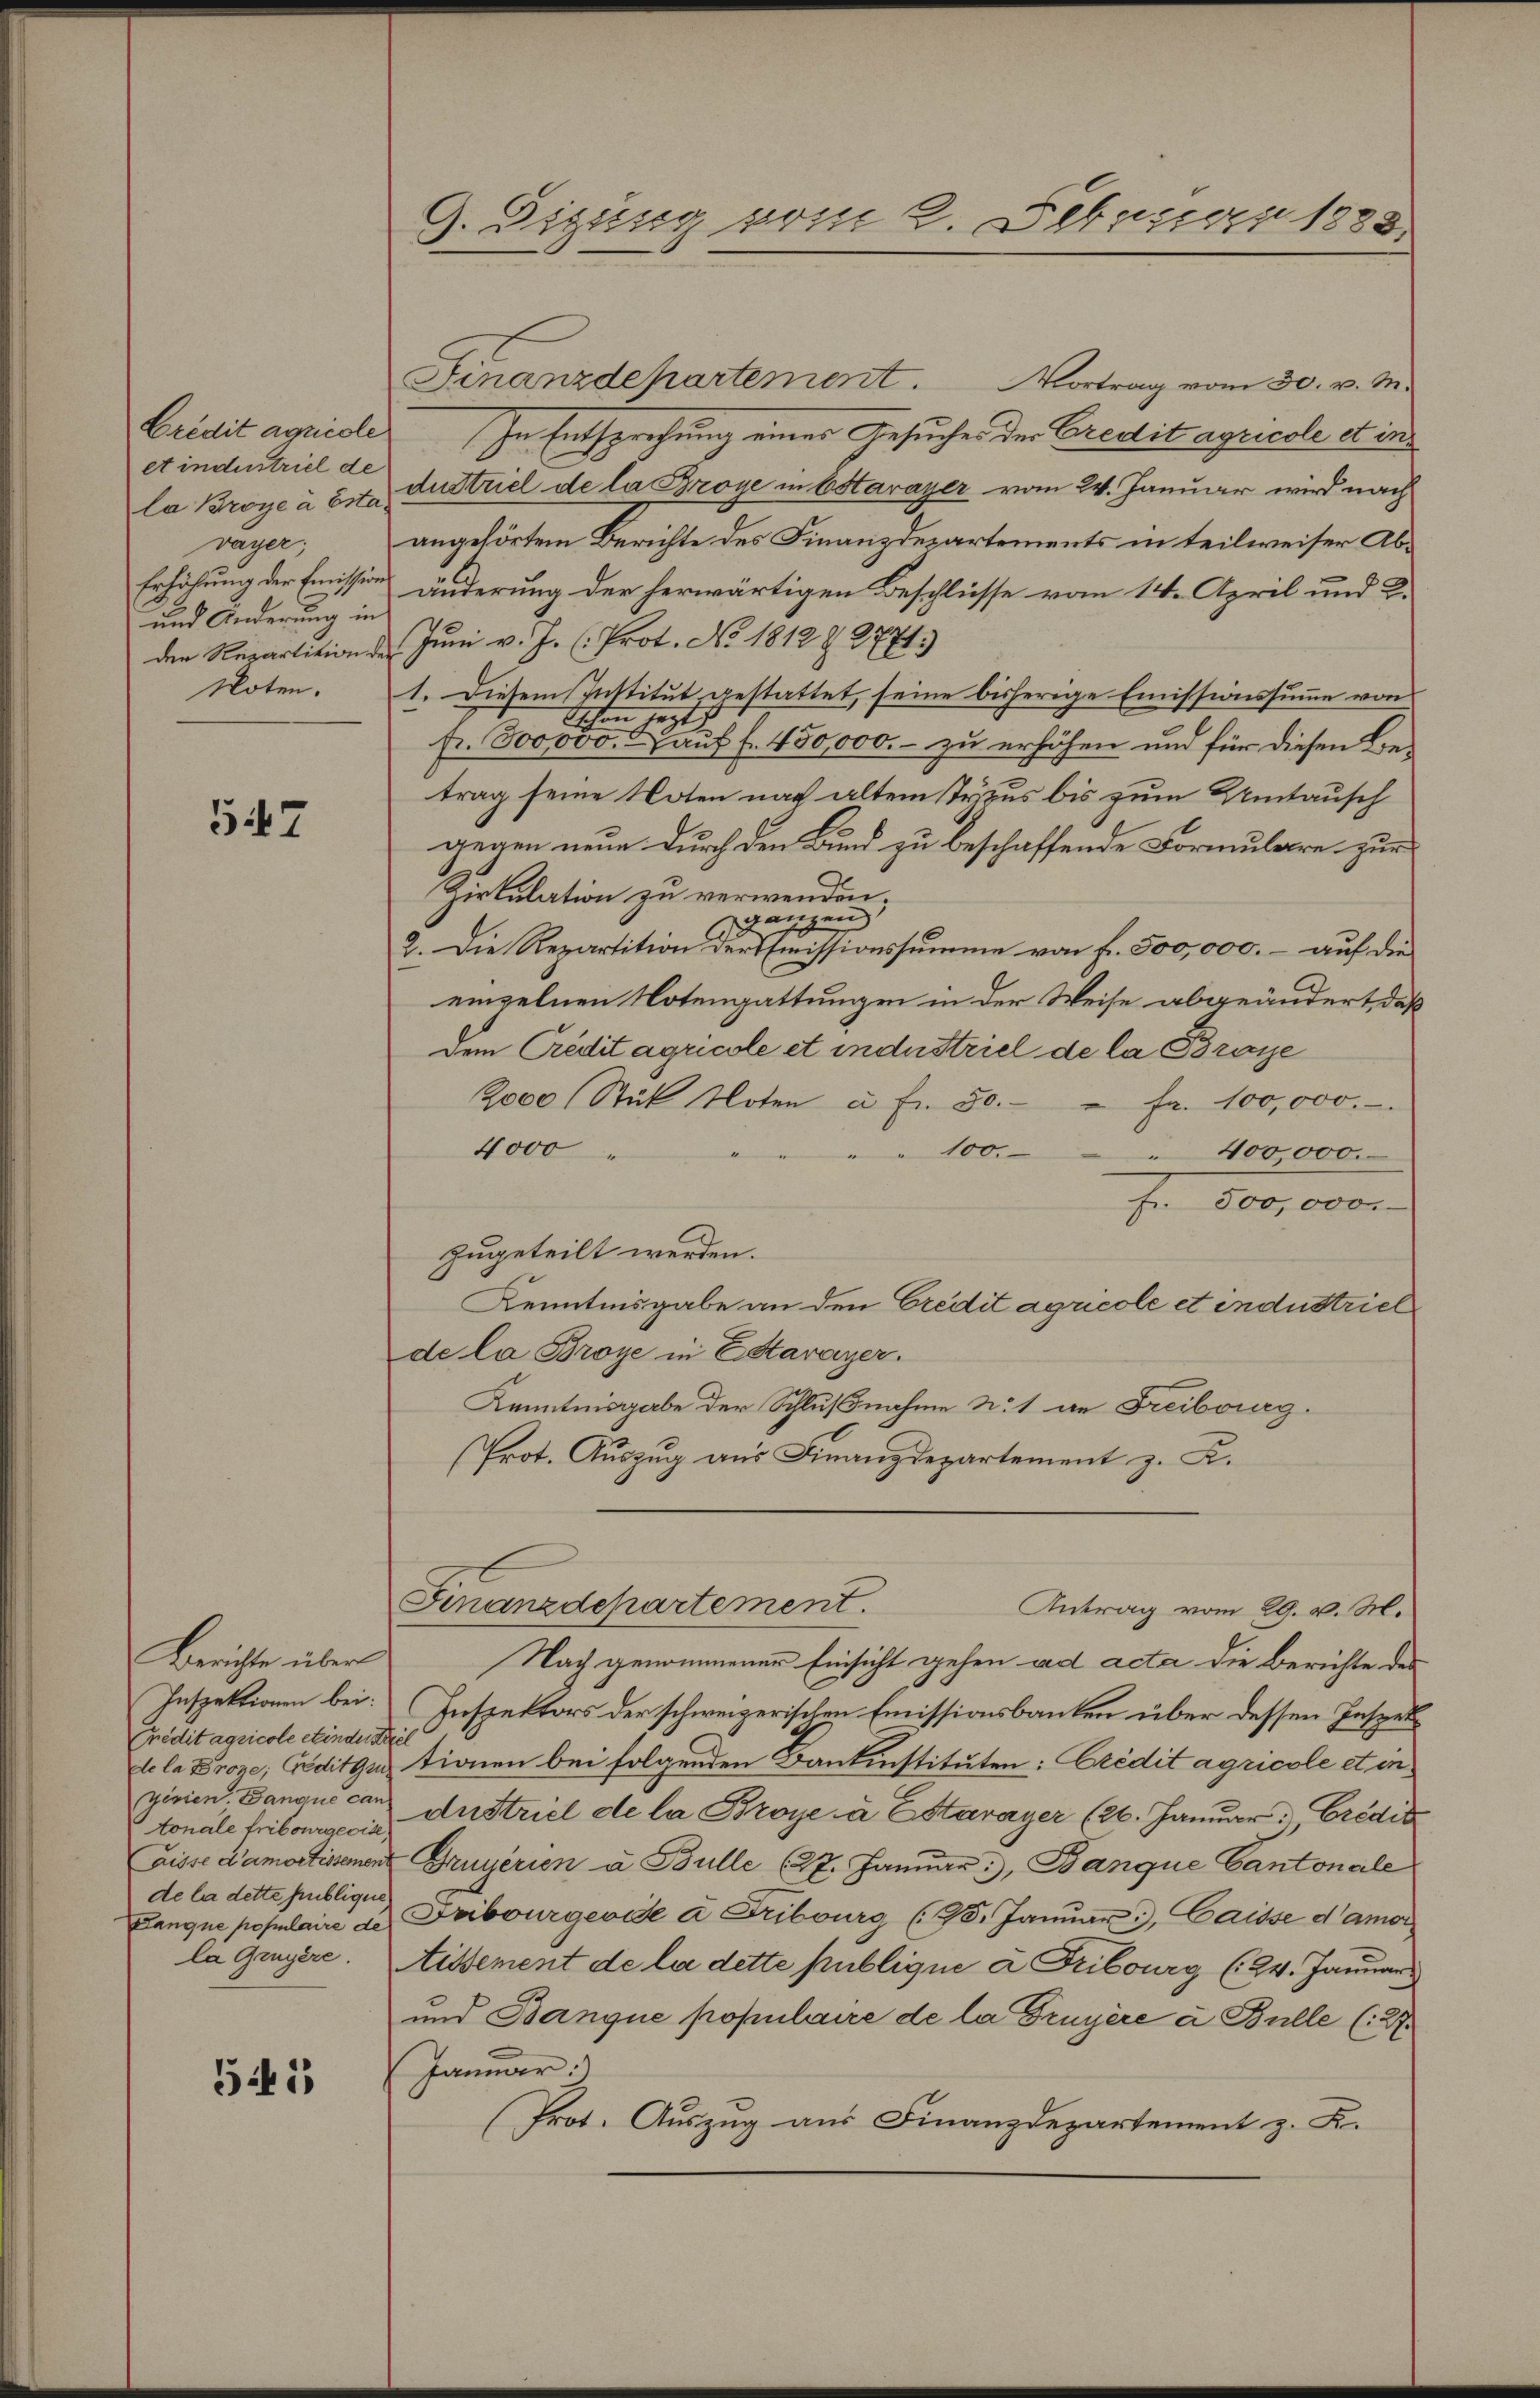
Crédit agride
et industriel de
vayer;
und Änderung in
Noten.

547

Credit agricole etindustrier
tonale Fribourgeoise
de la dette publigen
la Gigere.

545

9. Sigung vom 8. Februar 1888.

Finanzdepartement. Vortrag vom 30. v. M.
In Entsprechung eines Gesuches der Credit agricole et in
la Broye à tit. Austriel de la Broye in Estavayer vom 24. Januar wird nach
angehörtem Berichte des Finanzdepartements in teilweiser Ab¬
Erhöhung der Emission änderung der herwärtigen Beschlüsse vom 14. April und C.
den Repartition der Juni v. J. (Prot. No. 1812 § 2771)
1. Diesem Institut gestattet, seine bisherige Emissionssumme von
fegt
Schon
fr. 800000. auf f. 450,000.- zu erhöhen und für diesen Betrag seine Noten nach altem Tricus bis zum Umtausch
gegen neue durch den Bund zu beschaffende Formulare zur
Zirkulation zu verwenden.
ganzen
2. Die Repartition der Emissionssumme von f. 500,000.- auf die
einzelnen Notengattungen in der Weise abgeändert, daß
dem Credit agricole et industriel de la Brasse
2000 Stück Noten à Fr. 50.  Fr. 100,000.
4000
" 100.
 400000.
Fr. 500,000.
zugeteilt werden.
Kenntnisgabe an den Credit agricole et industriel
de la Broye in Estavayer.
Kenntnisgabe der Schlußnahme u. 1 an Freiberg.
(Prot. Auszug aus Finanzdepartement z. K.

Berichte über Nach genommener Einsicht gehen ad acta die Berichte des
Inspektionen bei: Inspektors der schweizerischen Emissionsbanken über dessen Inspekde la Proze; reditgi tionen bei folgenden Bankinstituten: Credit agricole et in
ginien. Danque can Austriel de la Broye à Estavayer (26. Januar Credit
Disse d’amortissement Gruyerien à Bulle (27. Januar, Banque Cantonale
Lanque populaire de Fribourgevie à Fribourg (15. Januar 3), Caisse d’amor¬
Aissement de la dette publique à Fribourg (24. Januar
und Banque populaire de la Gruyère à Bulle (27.
Januar)
Prot. Auszug aus Finanzdepartement z. B.

Finanzdepartement.
Antrag vom 29. v. M.